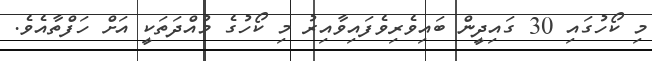
މި ކޯހުގައި 30 ގައިދީން ބައިވެރިވެފައިވާއިރު މި ކޯހުގެ މުއްދަތަކީ އަށް ހަފްތާއެވެ.